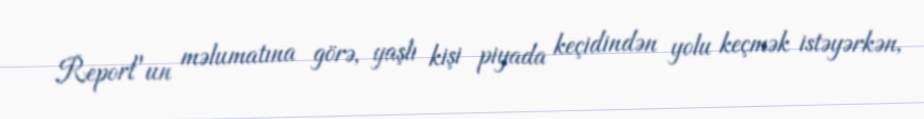
Report"un məlumatına görə, yaşlı kişi piyada keçidindən yolu keçmək istəyərkən,